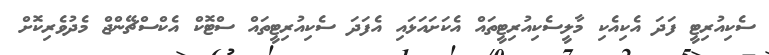
ސެކިއުރިޓީ ފަދަ އެކިއެކި މާލީސެކިއުރިޓީތައް އެކަށައަޅައި އެފަދަ ސެކިއުރިޓީތައް ސްޓޮކް އެކްސްޗޭންޖް މެދުވެރިކޮށް